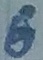
Text: 6